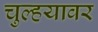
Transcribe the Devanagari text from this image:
चुल्हयावर